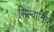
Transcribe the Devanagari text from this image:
सिल्वानिया